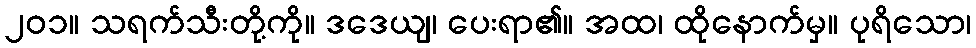
၂၀၁။ သရက်သီးတို့ကို။ ဒဒေယျ၊ ပေးရာ၏။ အထ၊ ထိုနောက်မှ။ ပုရိသော၊